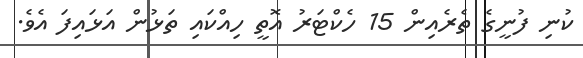
ކުނި ފުނީގެ ތެރެއިން 15 ހެކްޓަރު އޮތީ ހިއްކައި ތަޅުން އަޅައިފަ އެވެ.